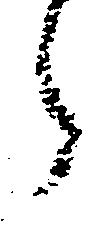
了